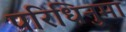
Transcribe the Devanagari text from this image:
परिधिनुमा